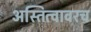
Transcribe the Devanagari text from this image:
अस्तित्वावरच